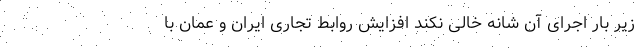
زیر بار اجرای آن شانه خالی نکند افزایش روابط تجاری ایران و عمان با